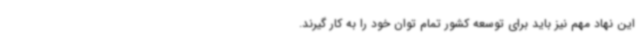
این نهاد مهم نیز باید برای توسعه کشور تمام توان خود را به کار گیرند.